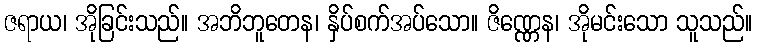
ဇရာယ၊ အိုခြင်းသည်။ အဘိဘူတေန၊ နှိပ်စက်အပ်သော။ ဇိဏ္ဏေန၊ အိုမင်းသော သူသည်။